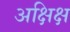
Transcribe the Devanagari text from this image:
अक्षिक्ष